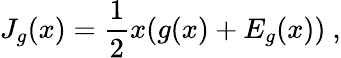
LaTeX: J_{g}(x)={\frac{1}{2}}x(g(x)+E_{g}(x))\ ,